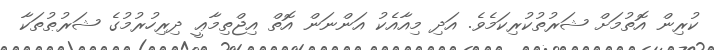
ކުރިން އޮތުމަށް ޝަރުތުކުރިކަމެވެ. އަދި މިއާއެކު އަންނަން އޮތް އިޖްތިމާޢީ ދިރިހުރުމުގެ ޝަރުޠުތަކާ